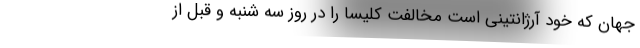
جهان که خود آرژانتینی است مخالفت کلیسا را در روز سه شنبه و قبل از